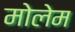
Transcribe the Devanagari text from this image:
मोलेम